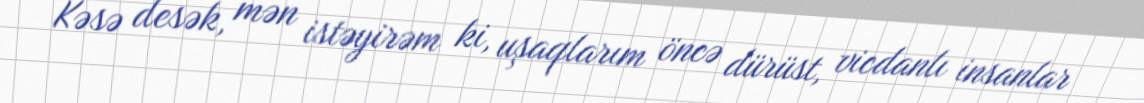
Kəsə desək, mən istəyirəm ki, uşaqlarım öncə dürüst, vicdanlı insanlar